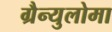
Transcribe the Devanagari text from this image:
ग्रैन्युलोमा